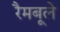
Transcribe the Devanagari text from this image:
रैमबूले